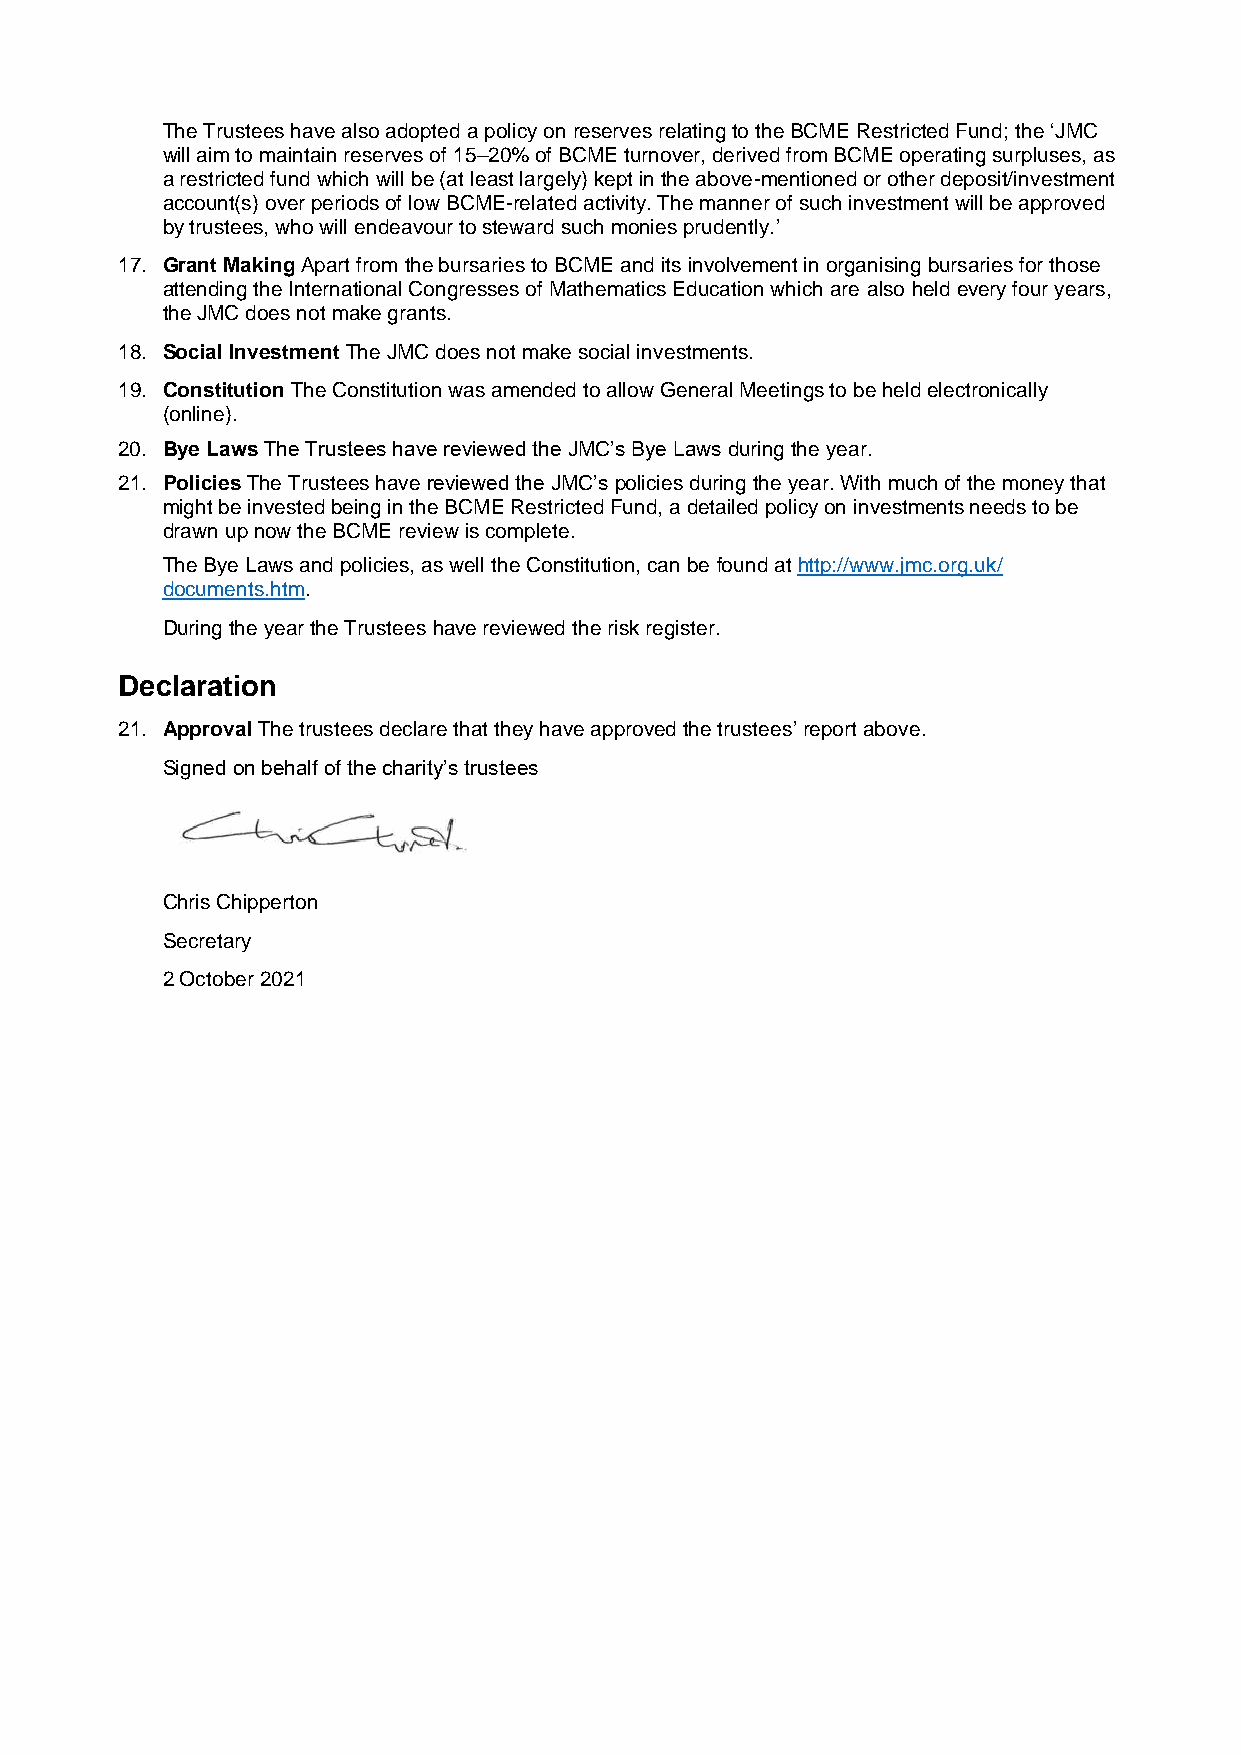
The Trustees have also adopted a policy on reserves relating to the BCME Restricted Fund; the ‘JMC
 will aim to maintain reserves of 15–20% of BCME turnover, derived from BCME operating surpluses, as
 a restricted fund which will be (at least largely) kept in the above-mentioned or other deposit/investment
 account(s) over periods of low BCME-related activity. The manner of such investment will be approved
 by trustees, who will endeavour to steward such monies prudently.’
 17. Grant Making Apart from the bursaries to BCME and its involvement in organising bursaries for those
 attending the International Congresses of Mathematics Education which are also held every four years,
 the JMC does not make grants.
 18. Social Investment The JMC does not make social investments.
 19. Constitution The Constitution was amended to allow General Meetings to be held electronically
 (online).
 20. Bye Laws The Trustees have reviewed the JMC’s Bye Laws during the year.
 21. Policies The Trustees have reviewed the JMC’s policies during the year. With much of the money that
 might be invested being in the BCME Restricted Fund, a detailed policy on investments needs to be
 drawn up now the BCME review is complete.
 The Bye Laws and policies, as well the Constitution, can be found at http://www.jmc.org.uk/
 documents.htm.
 During the year the Trustees have reviewed the risk register.
 Declaration
 21. Approval The trustees declare that they have approved the trustees’ report above.
 Signed on behalf of the charity’s trustees
 Chris Chipperton
 Secretary
 2 October 2021